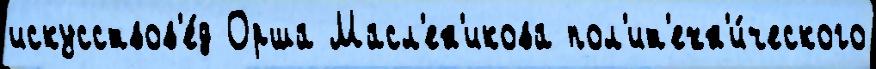
искусствов'е́д Орша Масл'ен'икова пол'ит'ехн'и́ческого